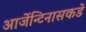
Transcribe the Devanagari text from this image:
आर्जेन्टिनासकडे